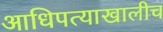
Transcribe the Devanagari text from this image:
आधिपत्याखालीच